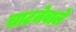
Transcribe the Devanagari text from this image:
चाटनेवाले